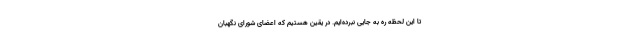
تا این لحظه ره به جایی نبرده‌ایم. در یقین هستیم که اعضای شورای نگهبان